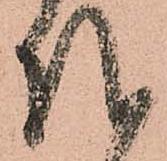
越